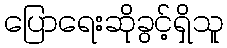
ပြောရေးဆိုခွင့်ရှိသူ